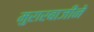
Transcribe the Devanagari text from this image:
मुरारबाजीने